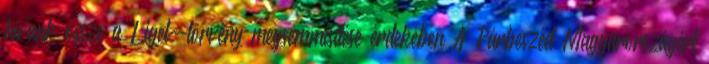
hívunk össze a Liget-törvény megsemmisítése érdekében A Párbeszéd Magyarországért